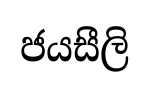
ජයසීලි